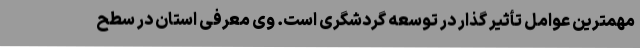
مهمترین عوامل تأثیر گذار در توسعه گردشگری است. وی معرفی استان در سطح